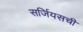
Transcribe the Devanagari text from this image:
सर्जियसची